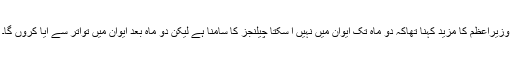
وزیراعظم کا مزید کہنا تھاکہ دو ماہ تک ایوان میں نہیں آ سکتا چیلنجز کا سامنا ہے لیکن دو ماہ بعد ایوان میں تواتر سے آیا کروں گا۔